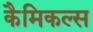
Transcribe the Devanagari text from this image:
कैमिकल्‍स